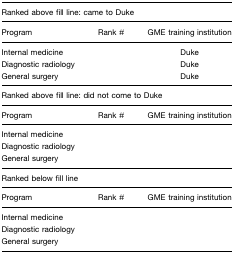
<table><thead><tr><td colspan="3"><b>Ranked above fill line: came to Duke</b></td></tr><tr><td><b>Program</b></td><td><b>Rank #</b></td><td><b>GME training institution</b></td></tr></thead><tbody><tr><td>Internal medicine</td><td>[EMPTY_CELL]</td><td>Duke</td></tr><tr><td>Diagnostic radiology</td><td>[EMPTY_CELL]</td><td>Duke</td></tr><tr><td>General surgery</td><td>[EMPTY_CELL]</td><td>Duke</td></tr><tr><td colspan="3">Ranked above fill line: did not come to Duke</td></tr><tr><td>Program</td><td>Rank #</td><td>GME training institution</td></tr><tr><td>Internal medicine</td><td>[EMPTY_CELL]</td><td>[EMPTY_CELL]</td></tr><tr><td>Diagnostic radiology</td><td>[EMPTY_CELL]</td><td>[EMPTY_CELL]</td></tr><tr><td>General surgery</td><td>[EMPTY_CELL]</td><td>[EMPTY_CELL]</td></tr><tr><td colspan="3">Ranked below fill line</td></tr><tr><td>Program</td><td>Rank #</td><td>GME training institution</td></tr><tr><td>Internal medicine</td><td>[EMPTY_CELL]</td><td>[EMPTY_CELL]</td></tr><tr><td>Diagnostic radiology</td><td>[EMPTY_CELL]</td><td>[EMPTY_CELL]</td></tr><tr><td>General surgery</td><td>[EMPTY_CELL]</td><td>[EMPTY_CELL]</td></tr></tbody></table>